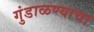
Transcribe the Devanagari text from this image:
गुंडाळण्याचा